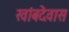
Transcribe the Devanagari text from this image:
खांबदेवास